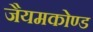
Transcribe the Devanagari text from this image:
जैयमकोण्ड